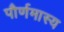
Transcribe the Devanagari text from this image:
पौर्णमास्य